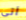
أتي